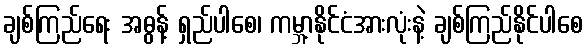
ချစ်ကြည်ရေး အဓွန့် ရှည်ပါစေ၊ ကမ္ဘာ့နိုင်ငံအားလုံးနဲ့ ချစ်ကြည်နိုင်ပါစေ